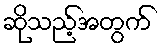
ဆိုသည့်အတွက်